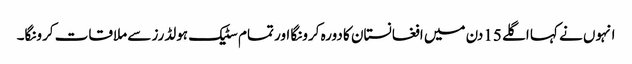
انہوں نے کہا اگلے 15دن میں افغانستان کا دورہ کرونگا اور تمام سٹیک ہولڈرز سے ملاقات کرونگا۔